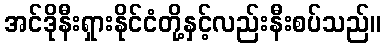
အင်ဒိုနီးရှားနိုင်ငံတို့နှင့်လည်းနီးစပ်သည်။